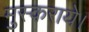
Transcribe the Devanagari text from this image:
मुस्कराये।